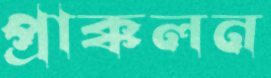
প্রাক্কলন